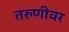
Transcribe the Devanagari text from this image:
तरुणीवर